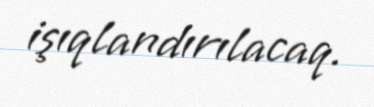
işıqlandırılacaq.